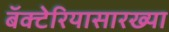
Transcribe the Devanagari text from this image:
बॅक्टेरियासारख्या